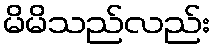
မိမိသည်လည်း